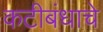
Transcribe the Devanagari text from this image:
कटीबंधाचे